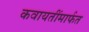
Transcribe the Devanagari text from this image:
कवायतींमार्फत